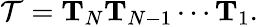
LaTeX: \mathcal{T}=\mathbf{T}_{N}\mathbf{T}_{N-1}\cdots\mathbf{T}_{1}.